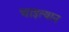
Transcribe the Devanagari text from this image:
चाइत्यान